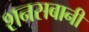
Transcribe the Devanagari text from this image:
शनसबानी